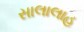
સાલાલાહ